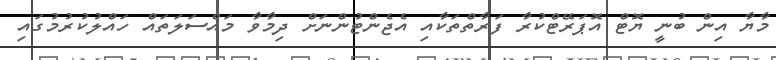
މާޔާ އިން ބުނީ ޔޮޓް އޮޕަރޭޓްކުރާ ފަރާތްތަކާއި އެޖެންޓުންނަށް ދިމާވާ މައްސަލަތައް ހައްލުކުރުމުގައި